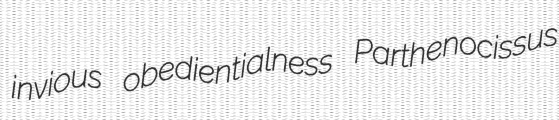
invious obedientialness Parthenocissus